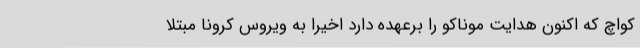
کواچ که اکنون هدایت موناکو را برعهده دارد اخیرا به ویروس کرونا مبتلا